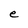
Character: e